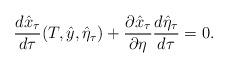
LaTeX: \begin{align*}\frac{d \hat x_\tau}{d\tau}(T,\hat y,\hat\eta_\tau)+\frac{\partial\hat x_\tau}{\partial\eta}\frac{d\hat\eta_\tau}{d\tau}=0.\end{align*}